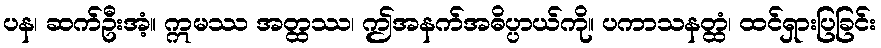
ပန၊ ဆက်ဦးအံ့။ ဣမဿ အတ္ထဿ၊ ဤအနက်အဓိပ္ပာယ်ကို။ ပကာသနတ္ထံ၊ ထင်ရှားပြခြင်း